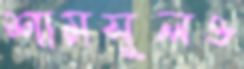
শামসুলও